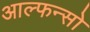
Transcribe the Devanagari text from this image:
आल्फन्सो